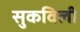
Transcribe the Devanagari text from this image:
सुकविली